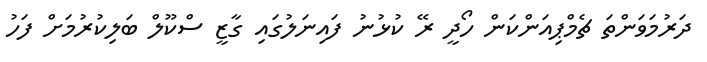
ދަރުމަވަންތަ ޗެމްޕިއަންކަން ހޯދީ ރޭ ކުޅުނު ފައިނަލުގައި ގާޒީ ސްކޫލް ބަލިކުރުމަށް ފަހު